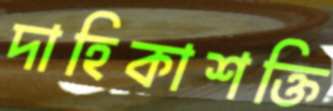
দাহিকাশক্তি